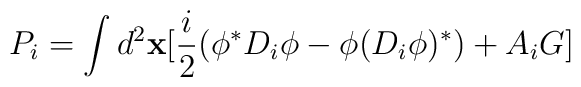
P_i = \int d^2{\bf x}[{i \over 2}(\phi^*D_i\phi - \phi(D_i\phi)^*)	+ A_i G]